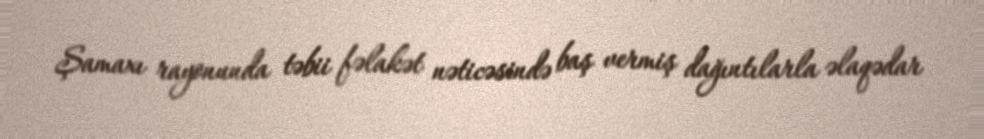
Şamaxı rayonunda təbii fəlakət nəticəsində baş vermiş dağıntılarla əlaqədar